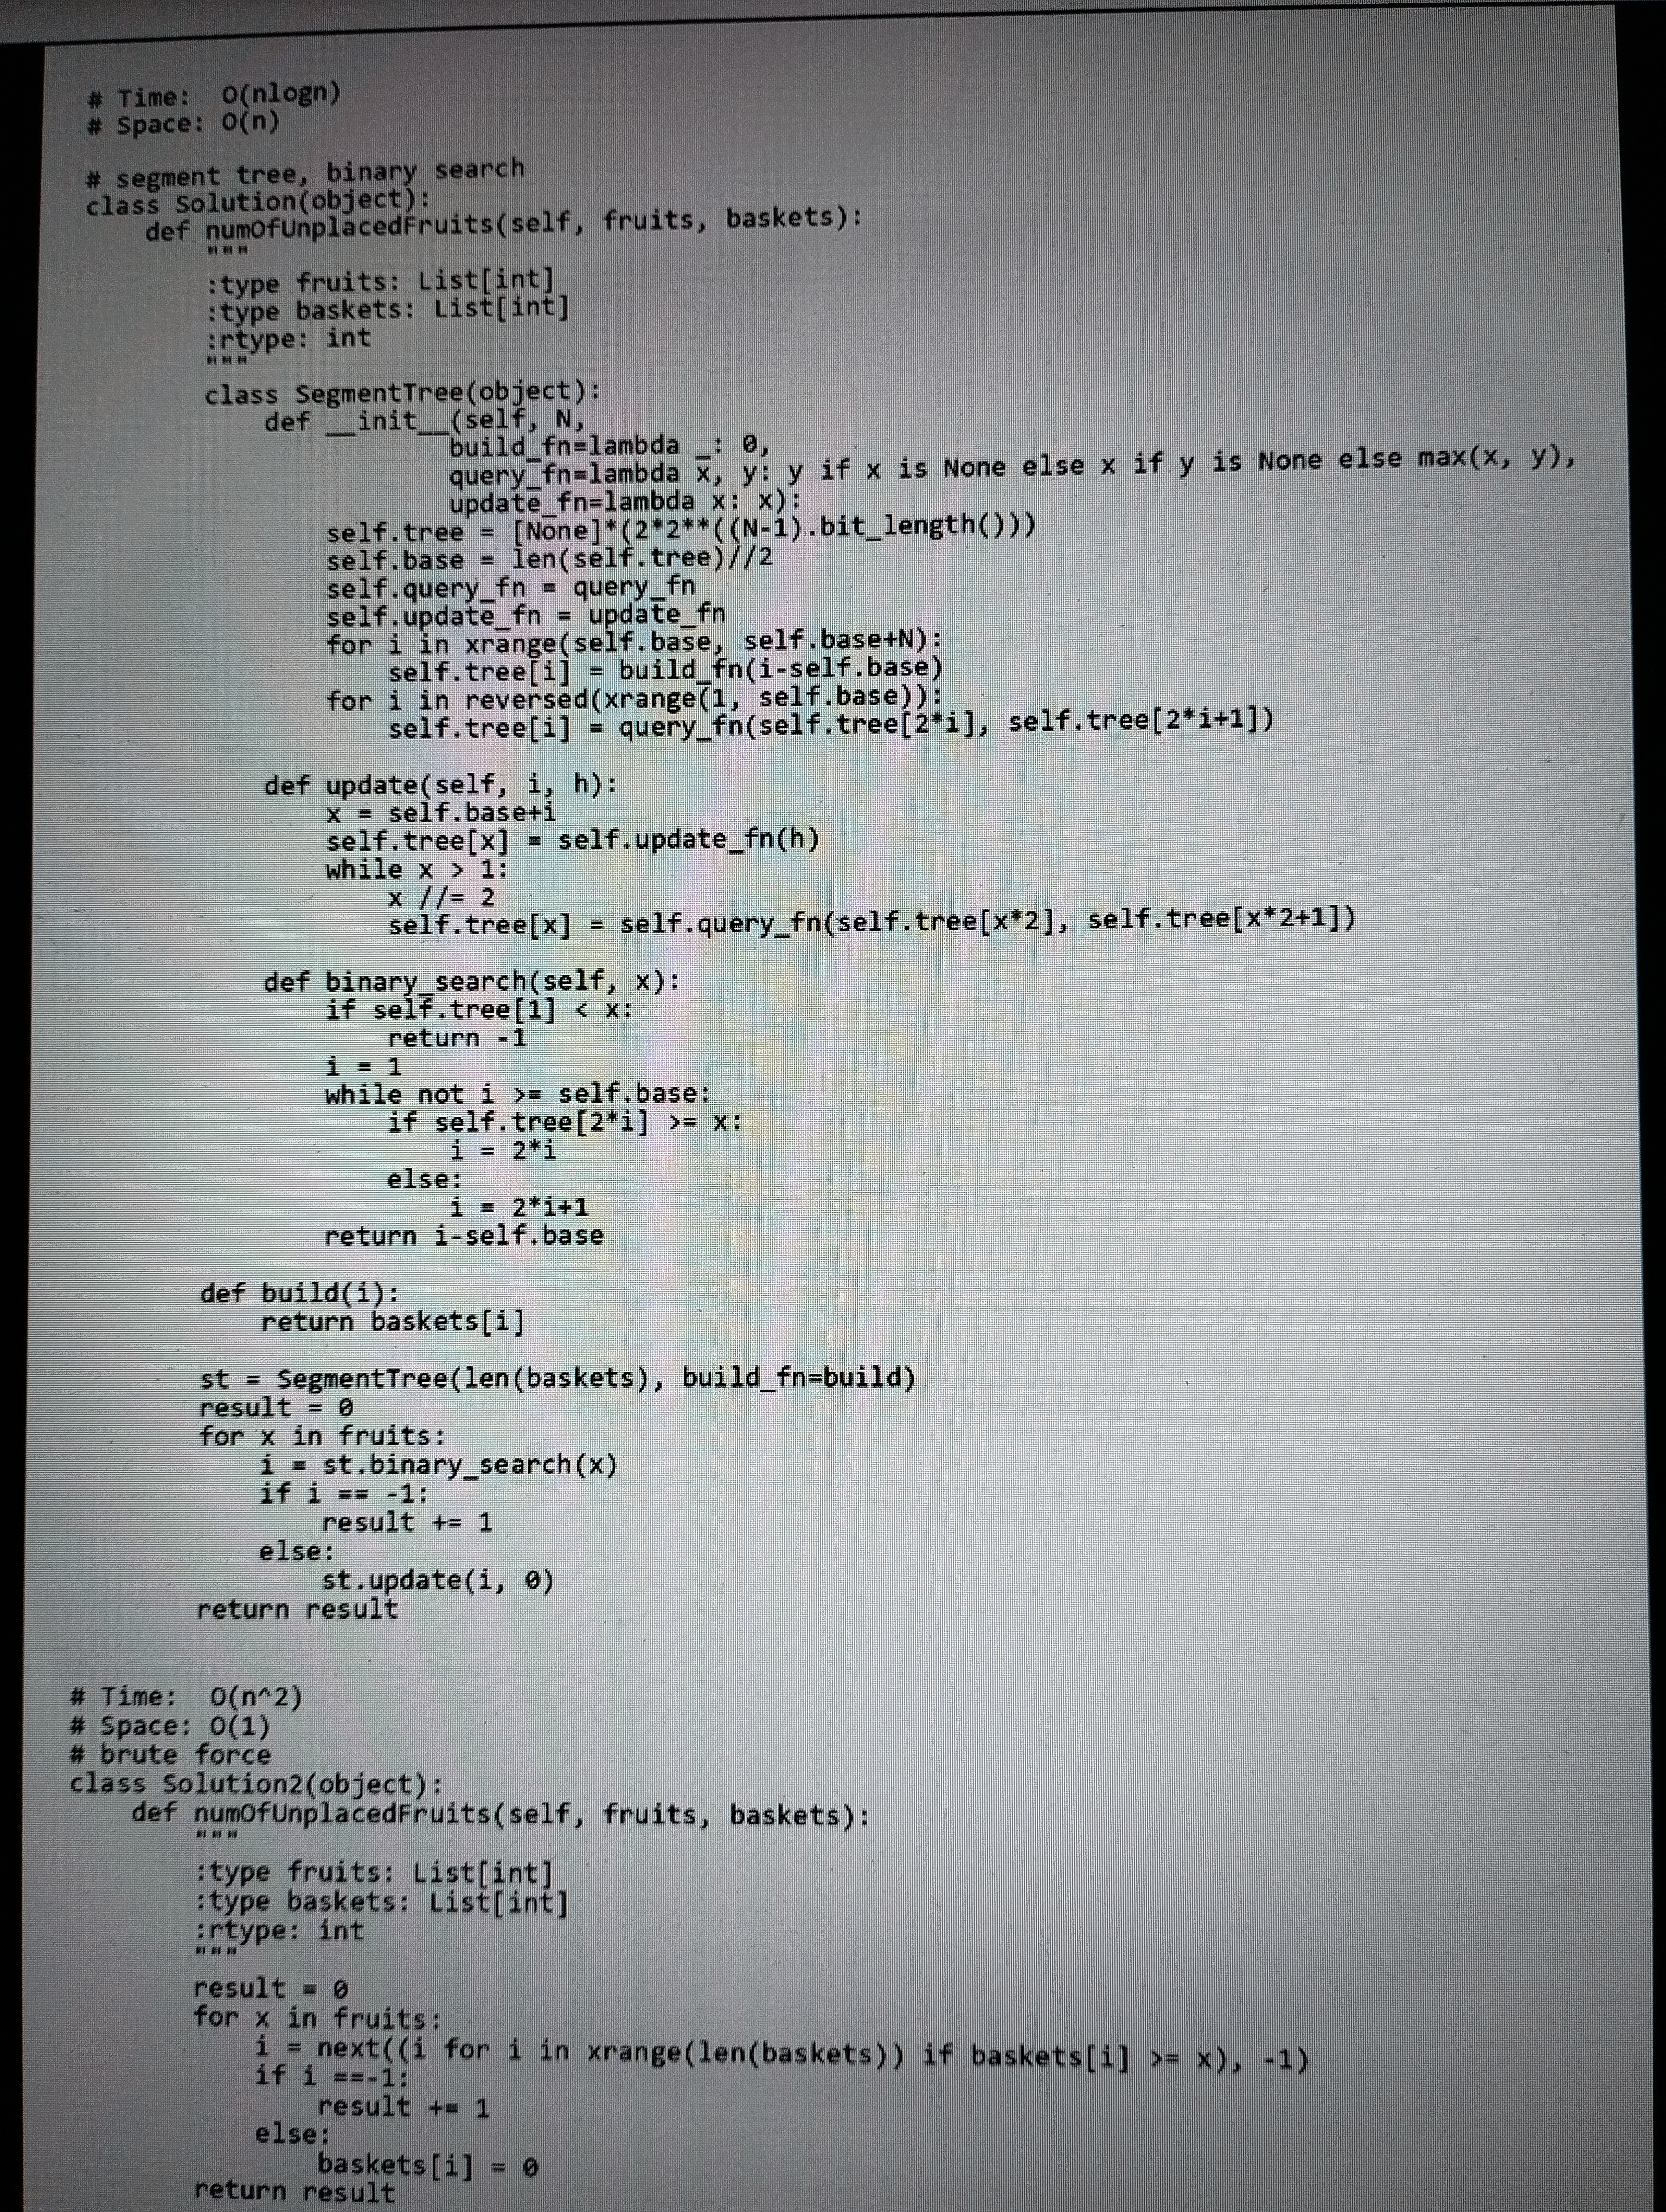
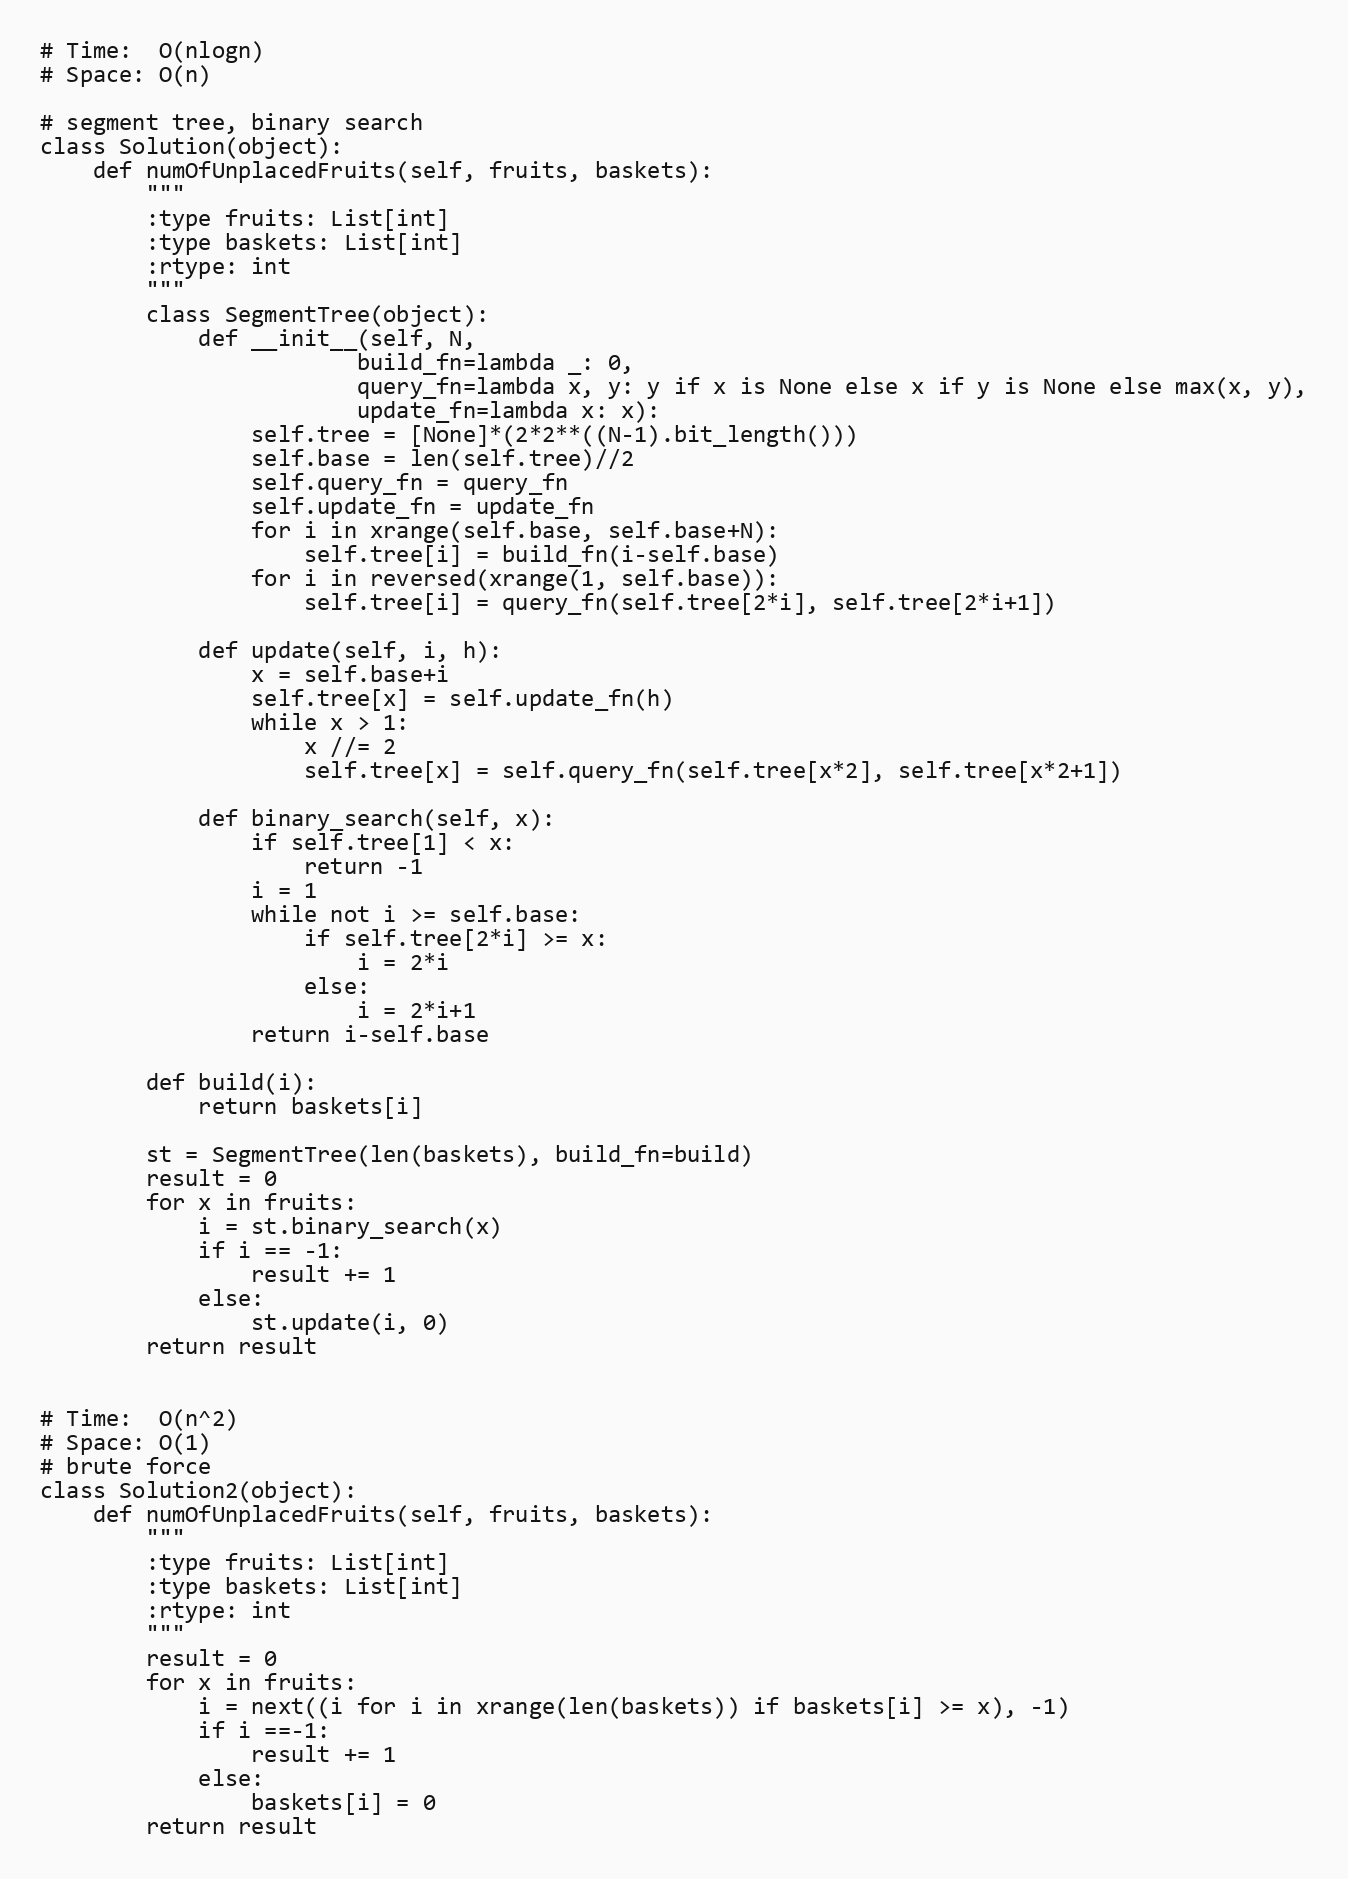
# Time:  O(nlogn)
# Space: O(n)

# segment tree, binary search
class Solution(object):
    def numOfUnplacedFruits(self, fruits, baskets):
        """
        :type fruits: List[int]
        :type baskets: List[int]
        :rtype: int
        """
        class SegmentTree(object):
            def __init__(self, N,
                        build_fn=lambda _: 0,
                        query_fn=lambda x, y: y if x is None else x if y is None else max(x, y),
                        update_fn=lambda x: x):
                self.tree = [None]*(2*2**((N-1).bit_length()))
                self.base = len(self.tree)//2
                self.query_fn = query_fn
                self.update_fn = update_fn
                for i in xrange(self.base, self.base+N):
                    self.tree[i] = build_fn(i-self.base)
                for i in reversed(xrange(1, self.base)):
                    self.tree[i] = query_fn(self.tree[2*i], self.tree[2*i+1])

            def update(self, i, h):
                x = self.base+i
                self.tree[x] = self.update_fn(h)
                while x > 1:
                    x //= 2
                    self.tree[x] = self.query_fn(self.tree[x*2], self.tree[x*2+1])

            def binary_search(self, x):
                if self.tree[1] < x:
                    return -1
                i = 1
                while not i >= self.base:
                    if self.tree[2*i] >= x:
                        i = 2*i
                    else:
                        i = 2*i+1
                return i-self.base

        def build(i):
            return baskets[i]

        st = SegmentTree(len(baskets), build_fn=build)
        result = 0
        for x in fruits:
            i = st.binary_search(x)
            if i == -1:
                result += 1
            else:
                st.update(i, 0)
        return result

# Time:  O(n^2)
# Space: O(1)
# brute force
class Solution2(object):
    def numOfUnplacedFruits(self, fruits, baskets):
        """
        :type fruits: List[int]
        :type baskets: List[int]
        :rtype: int
        """
        result = 0
        for x in fruits:
            i = next((i for i in xrange(len(baskets)) if baskets[i] >= x), -1)
            if i ==-1:
                result += 1
            else:
                baskets[i] = 0
        return result